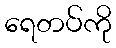
ရေတပ်ကို